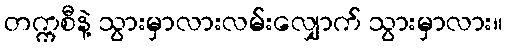
တက္ကစီနဲ့ သွားမှာလားလမ်းလျှောက် သွားမှာလား။